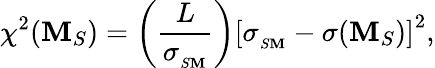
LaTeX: \chi^{2}(\mathbf{M}_{S})=\left(\frac{{L}}{{\sigma_{_{S\mathbf{M}}}}}\right)\left[\sigma_{_{S\mathbf{M}}}-\sigma(\mathbf{M}_{S})\right]^{2},